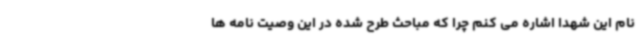
نام این شهدا اشاره می کنم چرا که مباحث طرح شده در این وصیت نامه ها